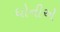
ધોનીએ